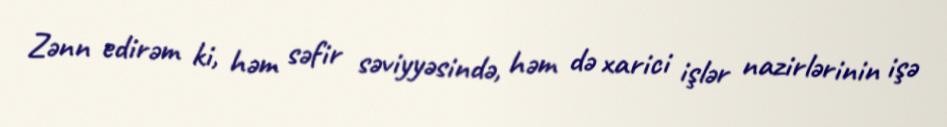
Zənn edirəm ki, həm səfir səviyyəsində, həm də xarici işlər nazirlərinin işə